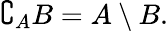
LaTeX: \complement_{A}B=A\setminus B.